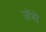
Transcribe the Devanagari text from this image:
जॅसे